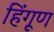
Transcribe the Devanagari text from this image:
हिंगूण